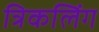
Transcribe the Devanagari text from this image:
त्रिकलिंग